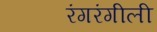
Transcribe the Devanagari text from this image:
रंगरंगीली